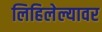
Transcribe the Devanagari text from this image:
लिहिलेल्यावर